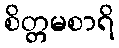
စိတ္တမစာရိ